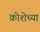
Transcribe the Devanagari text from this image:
क्रोशेच्या